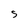
Character: S